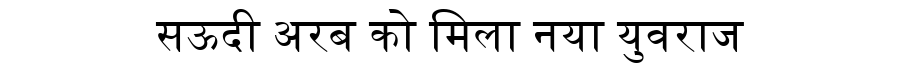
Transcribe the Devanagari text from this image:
सऊदी अरब को मिला नया युवराज